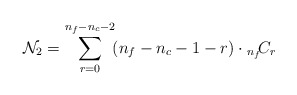
\begin{align*}{\cal N}_2 = \sum_{r=0}^{n_f - n_c - 2} \! (n_f-n_c-1-r) \cdot{}_{n_f}\!C_r \,\end{align*}